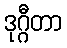
ဒုဂ္ဂီတာ